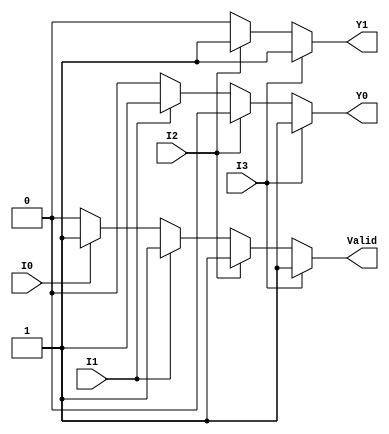
module priority_encoder_4to2 (
    input wire I3,   // Highest priority input
    input wire I2,
    input wire I1,
    input wire I0,   // Lowest priority input
    output reg Y1,   // Output bit 1
    output reg Y0,   // Output bit 0
    output reg Valid  // Valid signal
);

always @(*) begin
    // Default values
    Y1 = 0;
    Y0 = 0;
    Valid = 0;

    // Priority encoding logic
    if (I3) begin
        Y1 = 1;
        Y0 = 1;
        Valid = 1;
    end else if (I2) begin
        Y1 = 1;
        Y0 = 0;
        Valid = 1;
    end else if (I1) begin
        Y1 = 0;
        Y0 = 1;
        Valid = 1;
    end else if (I0) begin
        Y1 = 0;
        Y0 = 0;
        Valid = 1;
    end else begin
        // All inputs are inactive, Valid remains 0
        Valid = 0;
    end
end

endmodule